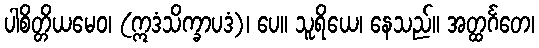
ပါစိတ္တိယမေဝ၊ (ဣဒံသိက္ခာပဒံ)၊ ပေ။ သူရိယေ၊ နေသည်။ အတ္ထင်္ဂတေ၊